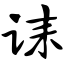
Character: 诔